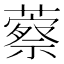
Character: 䕓